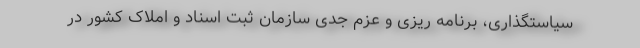
سیاستگذاری، برنامه ریزی و عزم جدی سازمان ثبت اسناد و املاک کشور در